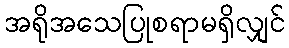
အရိုအသေပြုစရာမရှိလျှင်